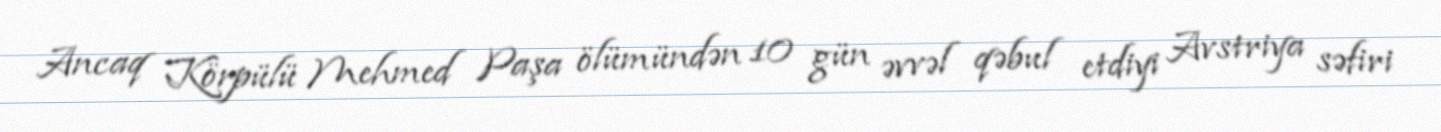
Ancaq Körpülü Mehmed Paşa ölümündən 10 gün əvvəl qəbul etdiyi Avstriya səfiri